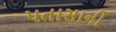
પતાસાની